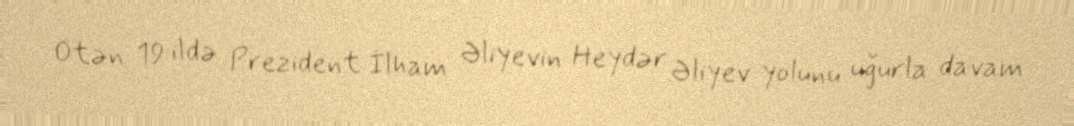
Ötən 19 ildə Prezident İlham Əliyevin Heydər Əliyev yolunu uğurla davam